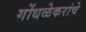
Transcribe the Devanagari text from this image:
गोंधळेकरांचे